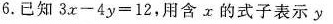
6.已知$$3x-4y=12$$，用含x的式子表示y